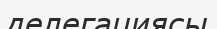
делегациясы